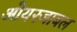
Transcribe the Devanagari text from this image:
ओयरजाबल